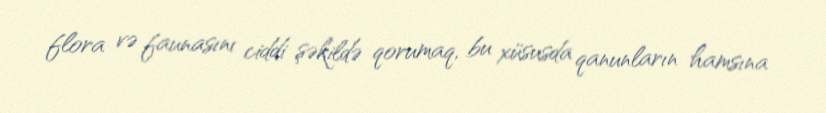
flora və faunasını ciddi şəkildə qorumaq, bu xüsusda qanunların hamsına